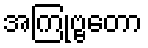
အကြုဗ္ဗတော